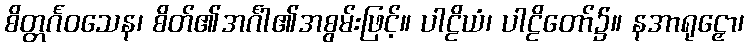
စိတ္တင်္ဂဝသေန၊ စိတ်၏အင်္ဂါ၏အစွမ်းဖြင့်။ ပါဠိယံ၊ ပါဠိတော်၌။ နအာရုဠှော၊